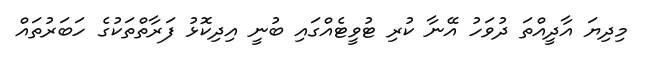
މިދިޔަ އާދީއްތަ ދުވަހު އޭނާ ކުރި ޓުވީޓެއްގައި ބުނީ އިދިކޮޅު ފަރާތްތަކުގެ ހަބަރުތައް